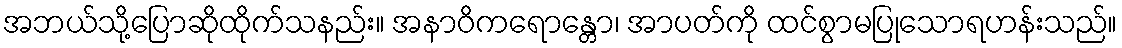
အဘယ်သို့ပြောဆိုထိုက်သနည်း။ အနာဝိကရောန္တော၊ အာပတ်ကို ထင်စွာမပြုသောရဟန်းသည်။